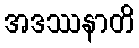
အဒဿနာတိ